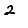
Digit: 2